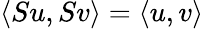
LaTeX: \langle Su,Sv\rangle=\langle u,v\rangle